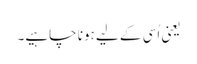
یعنی اُسی کے لیے ہونا چاہیے۔